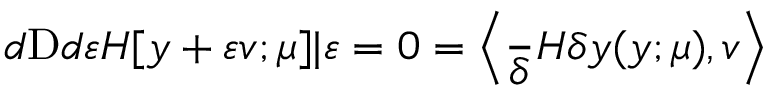
\frac Ḋ Ḋ Ḋ d Ḍ Ḍ Ḋ \mathrm { Ḋ } d Ḍ \varepsilon Ḍ \mathcal Ḋ H Ḍ [ y + \varepsilon v ; \ensuremath Ḋ \boldsymbol Ḋ \mu Ḍ Ḍ ] | _ { Ḋ } \varepsilon = 0 Ḍ = \left\langle \frac Ḋ \delta \mathcal Ḋ H Ḍ Ḍ Ḋ \delta y Ḍ ( y ; \ensuremath Ḋ \boldsymbol Ḋ \mu Ḍ Ḍ ) , v \right\rangle